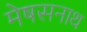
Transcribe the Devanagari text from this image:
मेषसनाथ